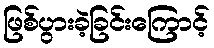
ဖြစ်ပွားခဲ့ခြင်းကြောင့်